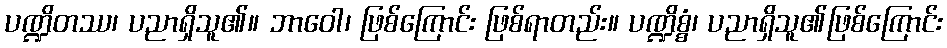
ပဏ္ဍိတဿ၊ ပညာရှိသူ၏။ ဘာဝေါ၊ ဖြစ်ကြောင်း ဖြစ်ရာတည်း။ ပဏ္ဍိစ္စံ၊ ပညာရှိသူ၏ဖြစ်ကြောင်း